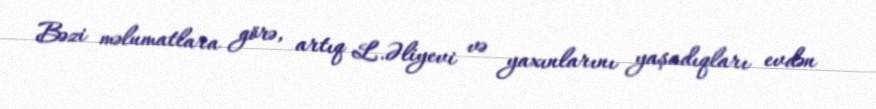
Bəzi məlumatlara görə, artıq L.Əliyevi və yaxınlarını yaşadıqları evdən